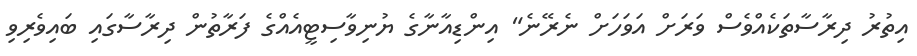
އިތުރު ދިރާސާތަކެއްވެސް ވަރަށް އަވަހަށް ނެރޭނެ" އިންޑިއާނާގެ ޔުނިވާސިޓީއެއްގެ ފަރާތުން ދިރާސާގައި ބައިވެރިވި